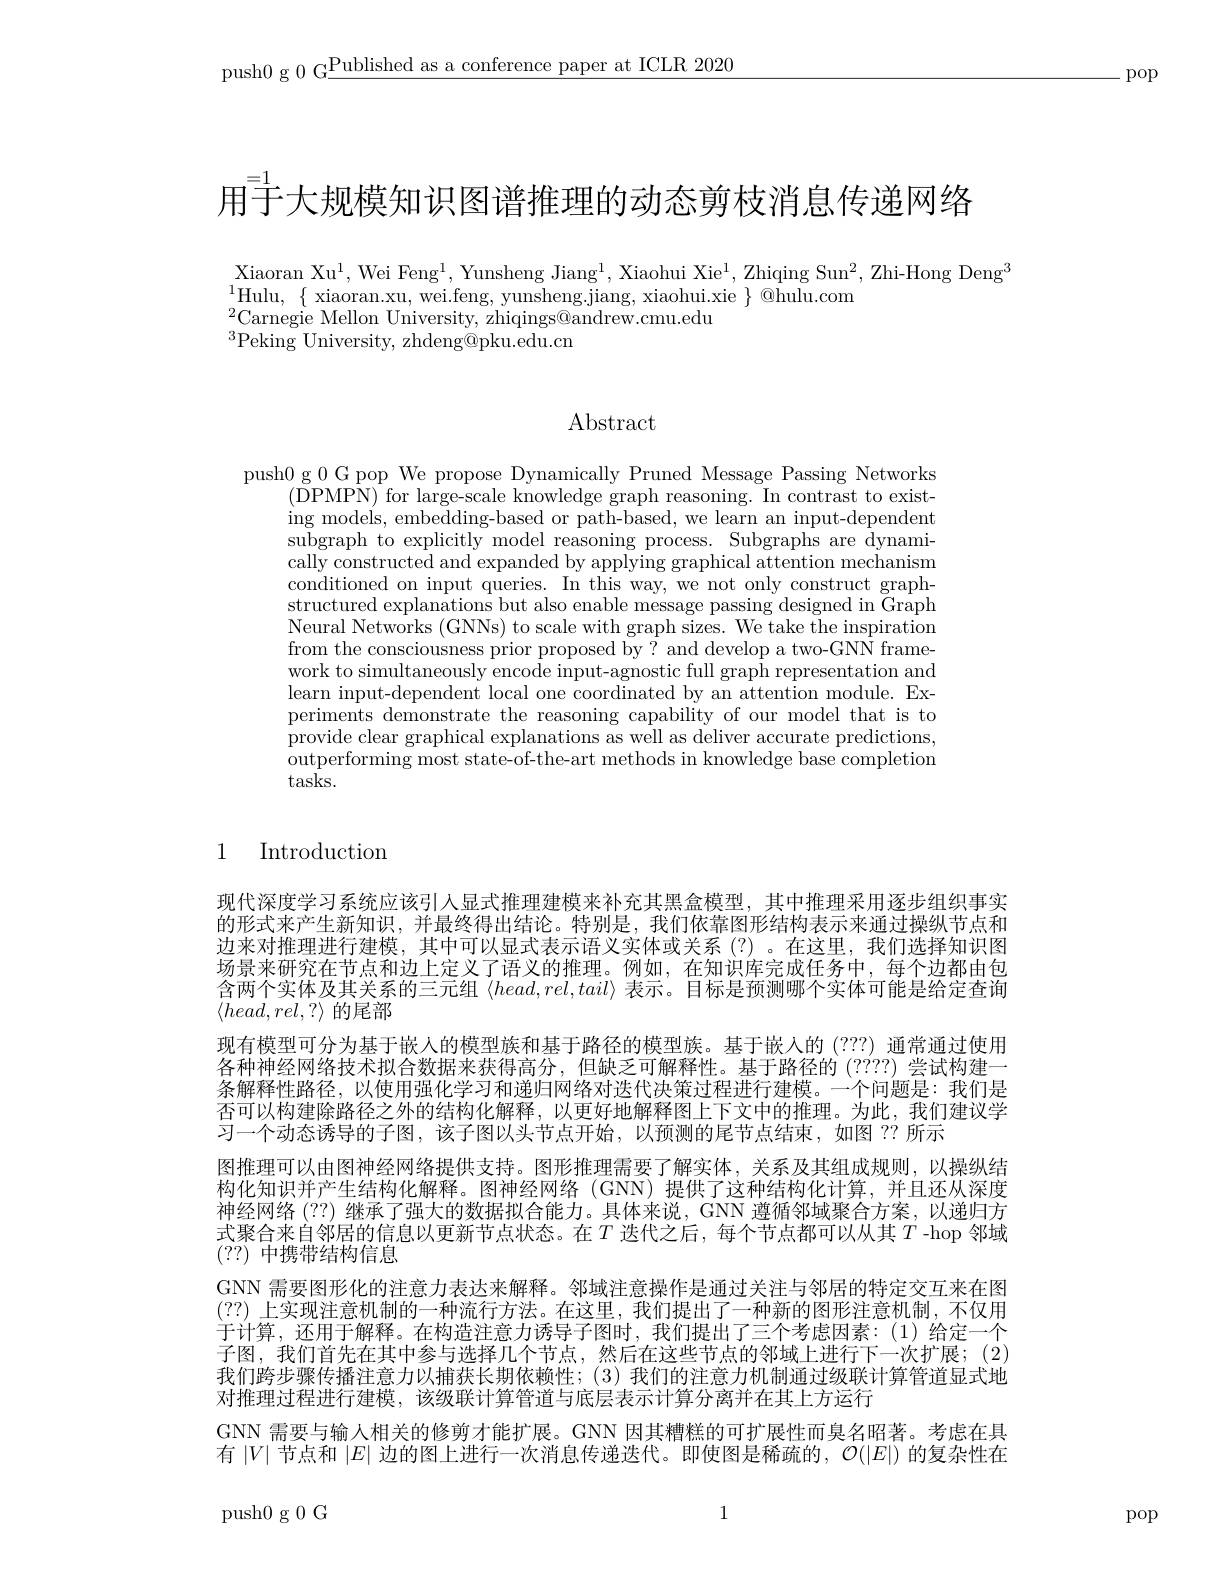
push0 g 0 G$\underline\text{Published as a conference paper at ICLR 2020}$

-pop

$\bar{\text{用于大规模知识图谱推理的动态剪枝消息传递网络}}$

Xiaoran Xu$^1$, Wei Feng$^1$, Yunsheng Jiang$^1$, Xiaohui Xie$^1$, Zhiqing Sun$^2$, Zhi-Hong Deng$^3$
$^{2}$Carnegie Mellon University, zhiqings@andrew.cmu.edu
$^{3}$Peking University, zhdeng@pku.edu.cn

$\operatorname{Abstract}$

push0 g 0 G pop We propose Dynamically Pruned Message Passing Networks
(DPMPN) for large-scale knowledge graph reasoning. In contrast to existing models, embedding-based or path-based, we learn an input-dependent subgraph to explicitly model reasoning process. Subgraphs are dynamically constructed and expanded by applying graphical attention mechanism conditioned on input queries. In this way, we not only construct graphstructured explanations but also enable message passing designed in Graph Neural Networks (GNNs) to scale with graph sizes. We take the inspiration from the consciousness prior proposed by? and develop a two-GNN framework to simultaneously encode input-agnostic full graph representation and learn input-dependent local one coordinated by an attention module. Experiments demonstrate the reasoning capability of our model that is to provide clear graphical explanations as well as deliver accurate predictions, outperforming most state-of-the-art methods in knowledge base completion tasks.

1

Introduction

现代深度学习系统应该引人显式推理建模来补充其黑盒模型，其中推理采用逐步组织事实的形式来产生新知识，并最终得出结论。特别是，我们依靠图形结构表示来通过操纵节点和边来对推理进行建模，其中可以显式表示语义实体或关系(?)。在这里，我们选择知识图场景来研究在节点和边上定义了语义的推理。例如，在知识库完成任务中，每个边都由包含两个实体及其关系的三元组$\langle head,rel,tail\rangle$表示。目标是预测哪个实体可能是给定查询$\langle head,rel,?\rangle$的尾部
现有模型可分为基于嵌人的模型族和基于路径的模型族。基于嵌人的(???) 通常通过使用各种神经网络技术拟合数据来获得高分，但缺乏可解释性。基于路径的(????) 尝试构建一条解释性路径，以使用强化学习和递归网络对迭代决策过程进行建模。一个问题是：我们是否可以构建除路径之外的结构化解释，以更好地解释图上下文中的推理。为此，我们建议学习一个动态诱导的子图，该子图以头节点开始，以预测的尾节点结束，如图 ?? 所示
图推理可以由图神经网络提供支持。图形推理需要了解实体，关系及其组成规则，以操纵结构化知识并产生结构化解释。图神经网络 (GNN) 提供了这种结构化计算，并且还从深度神经网络(??) 继承了强大的数据拟合能力。具体来说，GNN 遵循邻域聚合方案，以递归方式聚合来自邻居的信息以更新节点状态。在$T$ 迭代之后，每个节点都可以从其$T$ -hop 邻域(??)中携带结构信息
GNN 需要图形化的注意力表达来解释。邻域注意操作是通过关注与邻居的特定交互来在图(??)上实现注意机制的一种流行方法。在这里，我们提出了一种新的图形注意机制，不仅用于计算，还用于解释。在构造注意力诱导子图时，我们提出了三个考虑因素：(1)给定一个子图，我们首先在其中参与选择几个节点，然后在这些节点的邻域上进行下一次扩展；(2) 我们跨步骤传播注意力以捕获长期依赖性；(3) 我们的注意力机制通过级联计算管道显式地对推理过程进行建模，该级联计算管道与底层表示计算分离并在其上方运行
GNN 需要与输人相关的修剪才能扩展。GNN 因其糟糕的可扩展性而臭名昭著。考虑在具有$|V|$节点和$|E|$边的图上进行一次消息传递迭代。即使图是稀疏的，$\mathcal{O}(|E|)$的复杂性在

1

push0g0G

pop